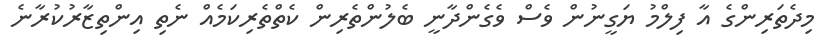
މިދެތަރިންގެ އާ ފިލްމު ޔަގީނުން ވެސް ވެގެންދާނީ ބެލުންތެރިން ކެތްތެރިކަމެއް ނެތި އިންތިޒާރުކުރާނެ